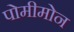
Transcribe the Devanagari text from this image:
पोमीमोन